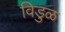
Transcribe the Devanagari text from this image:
विडुळ